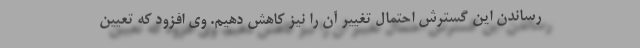
رساندن این گسترش احتمال تغییر آن را نیز کاهش دهیم. وی افزود که تعیین